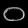
Digit: ၀